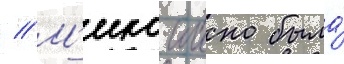
// М'ико иино была́